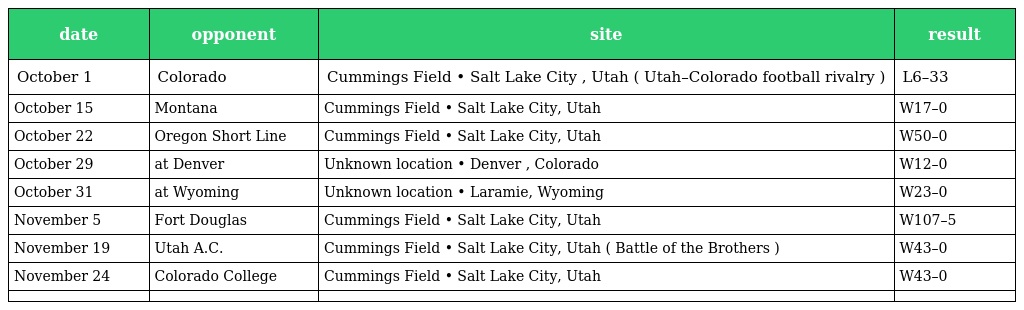
| date | opponent | site | result |
 | --- | --- | --- | --- |
 | October 1 | Colorado | Cummings Field • Salt Lake City , Utah ( Utah–Colorado football rivalry ) | L6–33 |
 | October 15 | Montana | Cummings Field • Salt Lake City, Utah | W17–0 |
 | October 22 | Oregon Short Line | Cummings Field • Salt Lake City, Utah | W50–0 |
 | October 29 | at Denver | Unknown location • Denver , Colorado | W12–0 |
 | October 31 | at Wyoming | Unknown location • Laramie, Wyoming | W23–0 |
 | November 5 | Fort Douglas | Cummings Field • Salt Lake City, Utah | W107–5 |
 | November 19 | Utah A.C. | Cummings Field • Salt Lake City, Utah ( Battle of the Brothers ) | W43–0 |
 | November 24 | Colorado College | Cummings Field • Salt Lake City, Utah | W43–0 |
 |  |  |  |  |